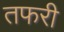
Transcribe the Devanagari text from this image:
तफरी